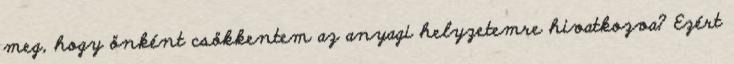
meg, hogy önként csökkentem az anyagi helyzetemre hivatkozva? Ezért